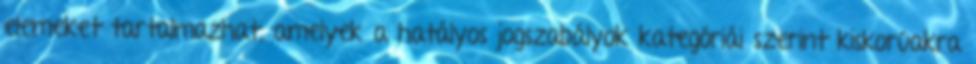
elemeket tartalmazhat, amelyek a hatályos jogszabályok kategóriái szerint kiskorúakra